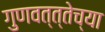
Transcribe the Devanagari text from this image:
गुणवत्त्तेच्या